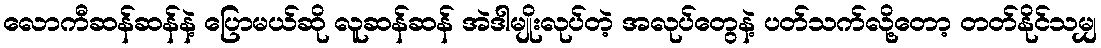
လောကီဆန်ဆန်နဲ့ ပြောမယ်ဆို လူဆန်ဆန် အဲဒါမျိုးလုပ်တဲ့ အလုပ်တွေနဲ့ ပတ်သက်လို့တော့ တတ်နိုင်သမျှ